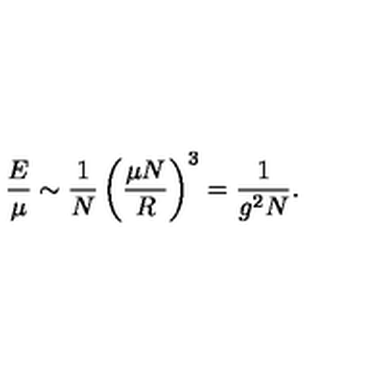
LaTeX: { \frac { E } { \mu } } \sim { \frac { 1 } { N } } \left( { \frac { \mu N } { R } } \right) ^ { 3 } = { \frac { 1 } { g ^ { 2 } N } } .